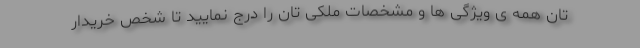
تان همه ی ویژگی ها و مشخصات ملکی تان را درج نمایید تا شخص خریدار